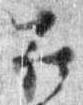
在